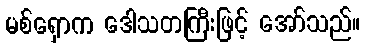
မစ်ရှောက ဒေါသတကြီးဖြင့် အော်သည်။